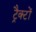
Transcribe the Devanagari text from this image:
ट्रैक्टों